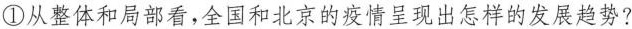
①从整体和局部看，全国和北京的疫情呈现出怎样的发展趋势?